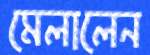
মেলালেন